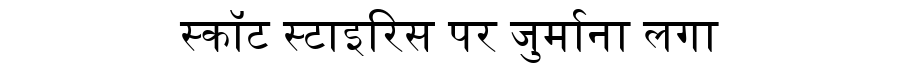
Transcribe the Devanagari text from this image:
स्कॉट स्टाइरिस पर जुर्माना लगा